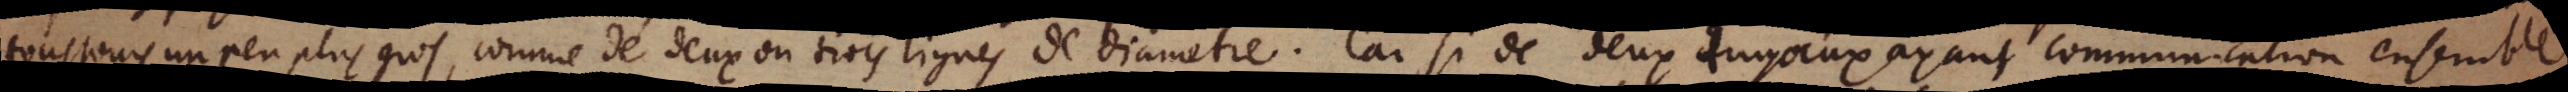
tousjours un peu plus gros, comme de deux ou trois lignes de diametre. Car si de deux tuyaux ayant communication ensemble